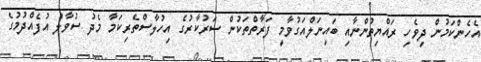
އެހެންކަމުން ދިވެހި ރައްޔިތުންނާއި ބައިނަލްއަގުވާމީ ފަރާތްތަކުން ސަރުކާރުގެ އިހުލާސްތެރިކަމާ މެދު ސުވާލު އުފެއްދުމުގެ